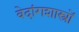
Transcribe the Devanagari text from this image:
वेदांगशास्त्रों